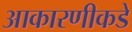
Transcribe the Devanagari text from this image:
आकारणीकडे